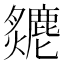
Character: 𤒣